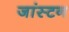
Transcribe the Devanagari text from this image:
जांस्टन